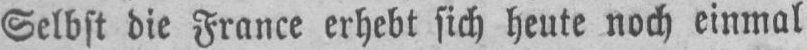
Selbst die France erhebt sich heute noch einmal